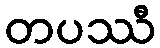
တပဿီ